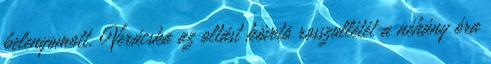
belenyomott. Verácska az oltást követõ rosszullétét a néhány óra